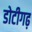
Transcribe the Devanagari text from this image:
डोटीगढ़